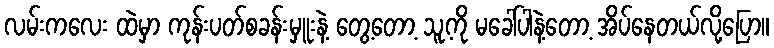
လမ်းကလေး ထဲမှာ ကုန်းပတ်စခန်းမှူးနဲ့ တွေ့တော့ သူ့ကို မခေါ်ပါနဲ့တော့ အိပ်နေတယ်လို့ပြော။